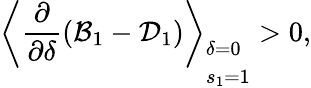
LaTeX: \left\langle\frac{\partial}{\partial\delta}(\mathcal{B}_{1}-\mathcal{D}_{1})\right\rangle_{\begin{array}{l}{\delta=0}\\ {s_{1}=1}\end{array}}>0,